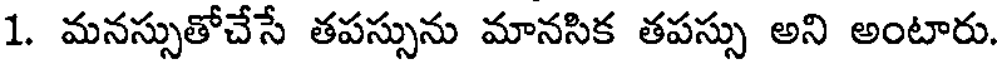
1. మనస్సుతోచేసే తపస్సును మానసిక తపస్సు అని అంటారు.